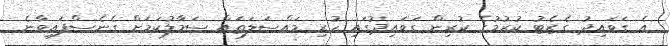
އެ ގަވައިދު ގެޒެޓު ކުރުމުގެ ކުރިން ގަވައިދުގައި ހުރި މައްސަލަތައް ސަމާލުކަމަށް ގެނެސްފައިވާނެ